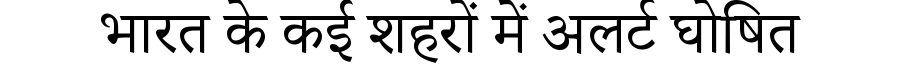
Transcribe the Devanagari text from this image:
भारत के कई शहरों में अलर्ट घोषित